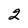
Character: 2